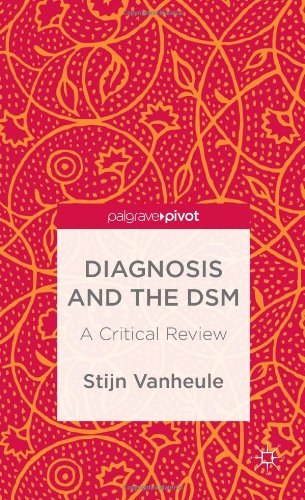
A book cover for Diagnosis and the DSM: A Critical Review (Palgrave Pivot); Stijn Vanheule; Medical Books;